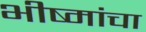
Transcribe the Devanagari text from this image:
भीष्मांचा